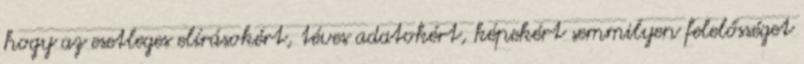
hogy az esetleges elírásokért, téves adatokért, képekért semmilyen felelősséget